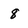
Character: 8